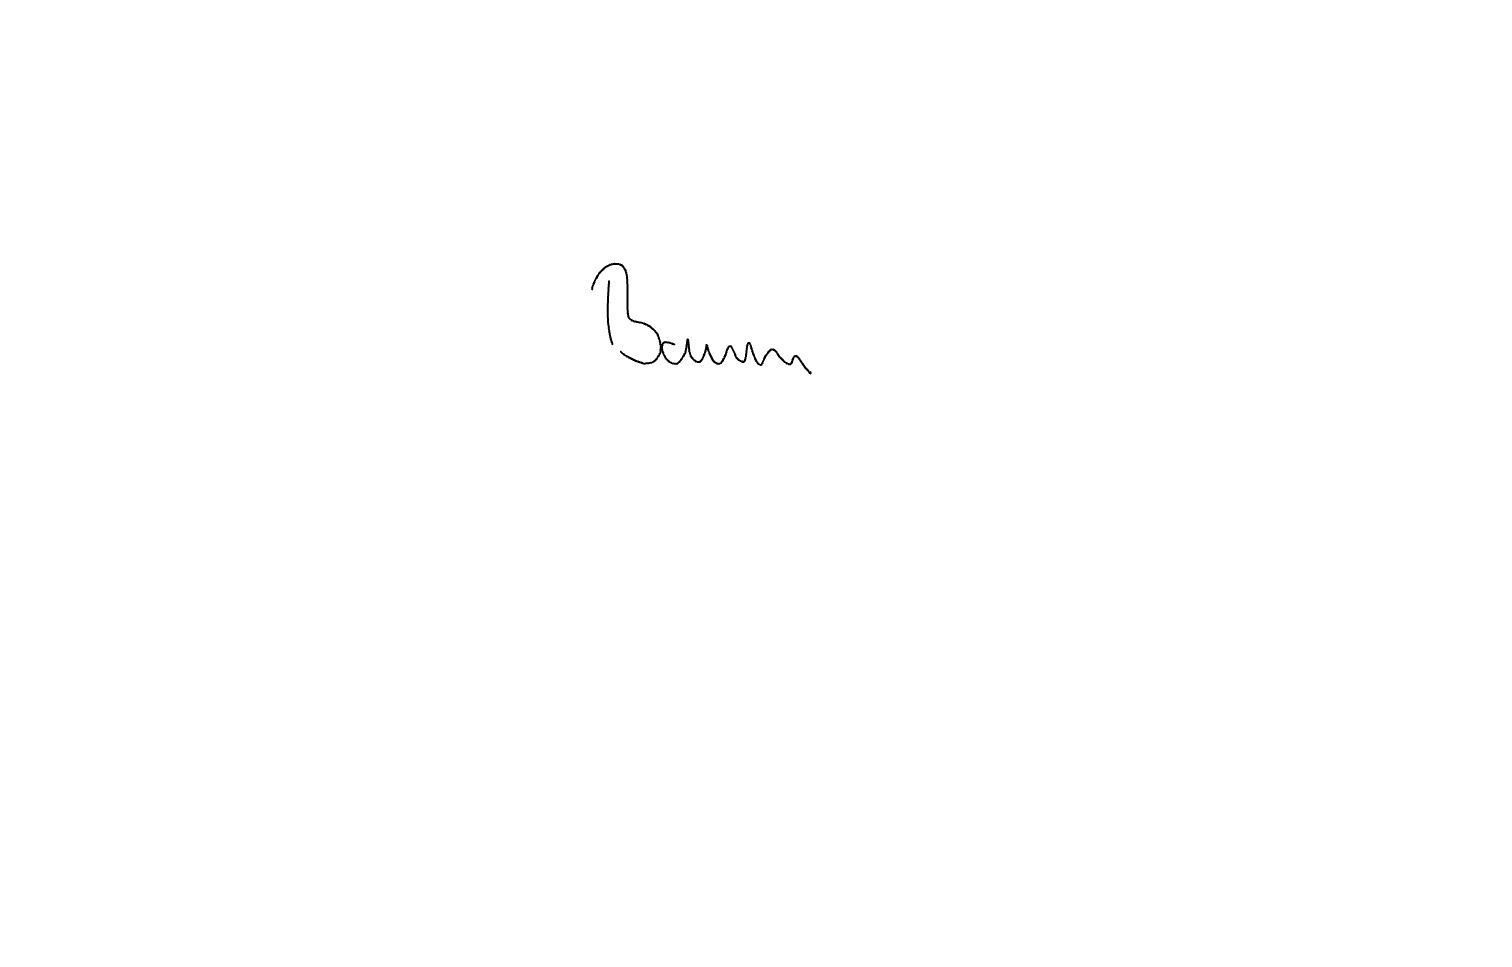
Text: Baum